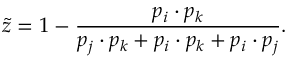
\tilde { z } = 1 - \frac { p _ { i } \cdot p _ { k } } { p _ { j } \cdot p _ { k } + p _ { i } \cdot p _ { k } + p _ { i } \cdot p _ { j } } .